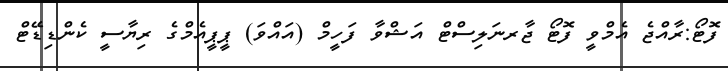
ފޮޓޯ:ރާއްޖެ އެމްވީ ފޮޓޯ ޖާރނަލިސްޓް އަޝްވާ ފަހީމް (އައްވަ) ޕީޕީއެމްގެ ރިޔާސީ ކެންޑިޑޭޓް